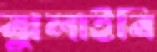
ঝুলাইবি